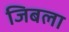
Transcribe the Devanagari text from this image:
जिबला